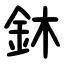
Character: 鈢